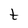
Character: t